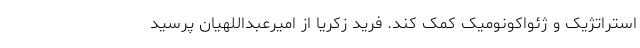
استراتژیک و ژئواکونومیک کمک کند. فرید زکریا از امیرعبداللهیان پرسید